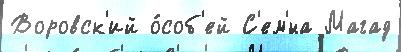
Воровск'ий о́соб'ей С'ем'́на Магад